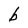
Character: b